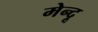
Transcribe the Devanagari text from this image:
मेन्दू